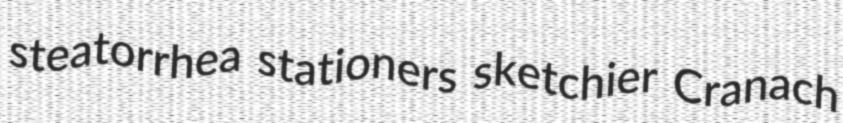
steatorrhea stationers sketchier Cranach